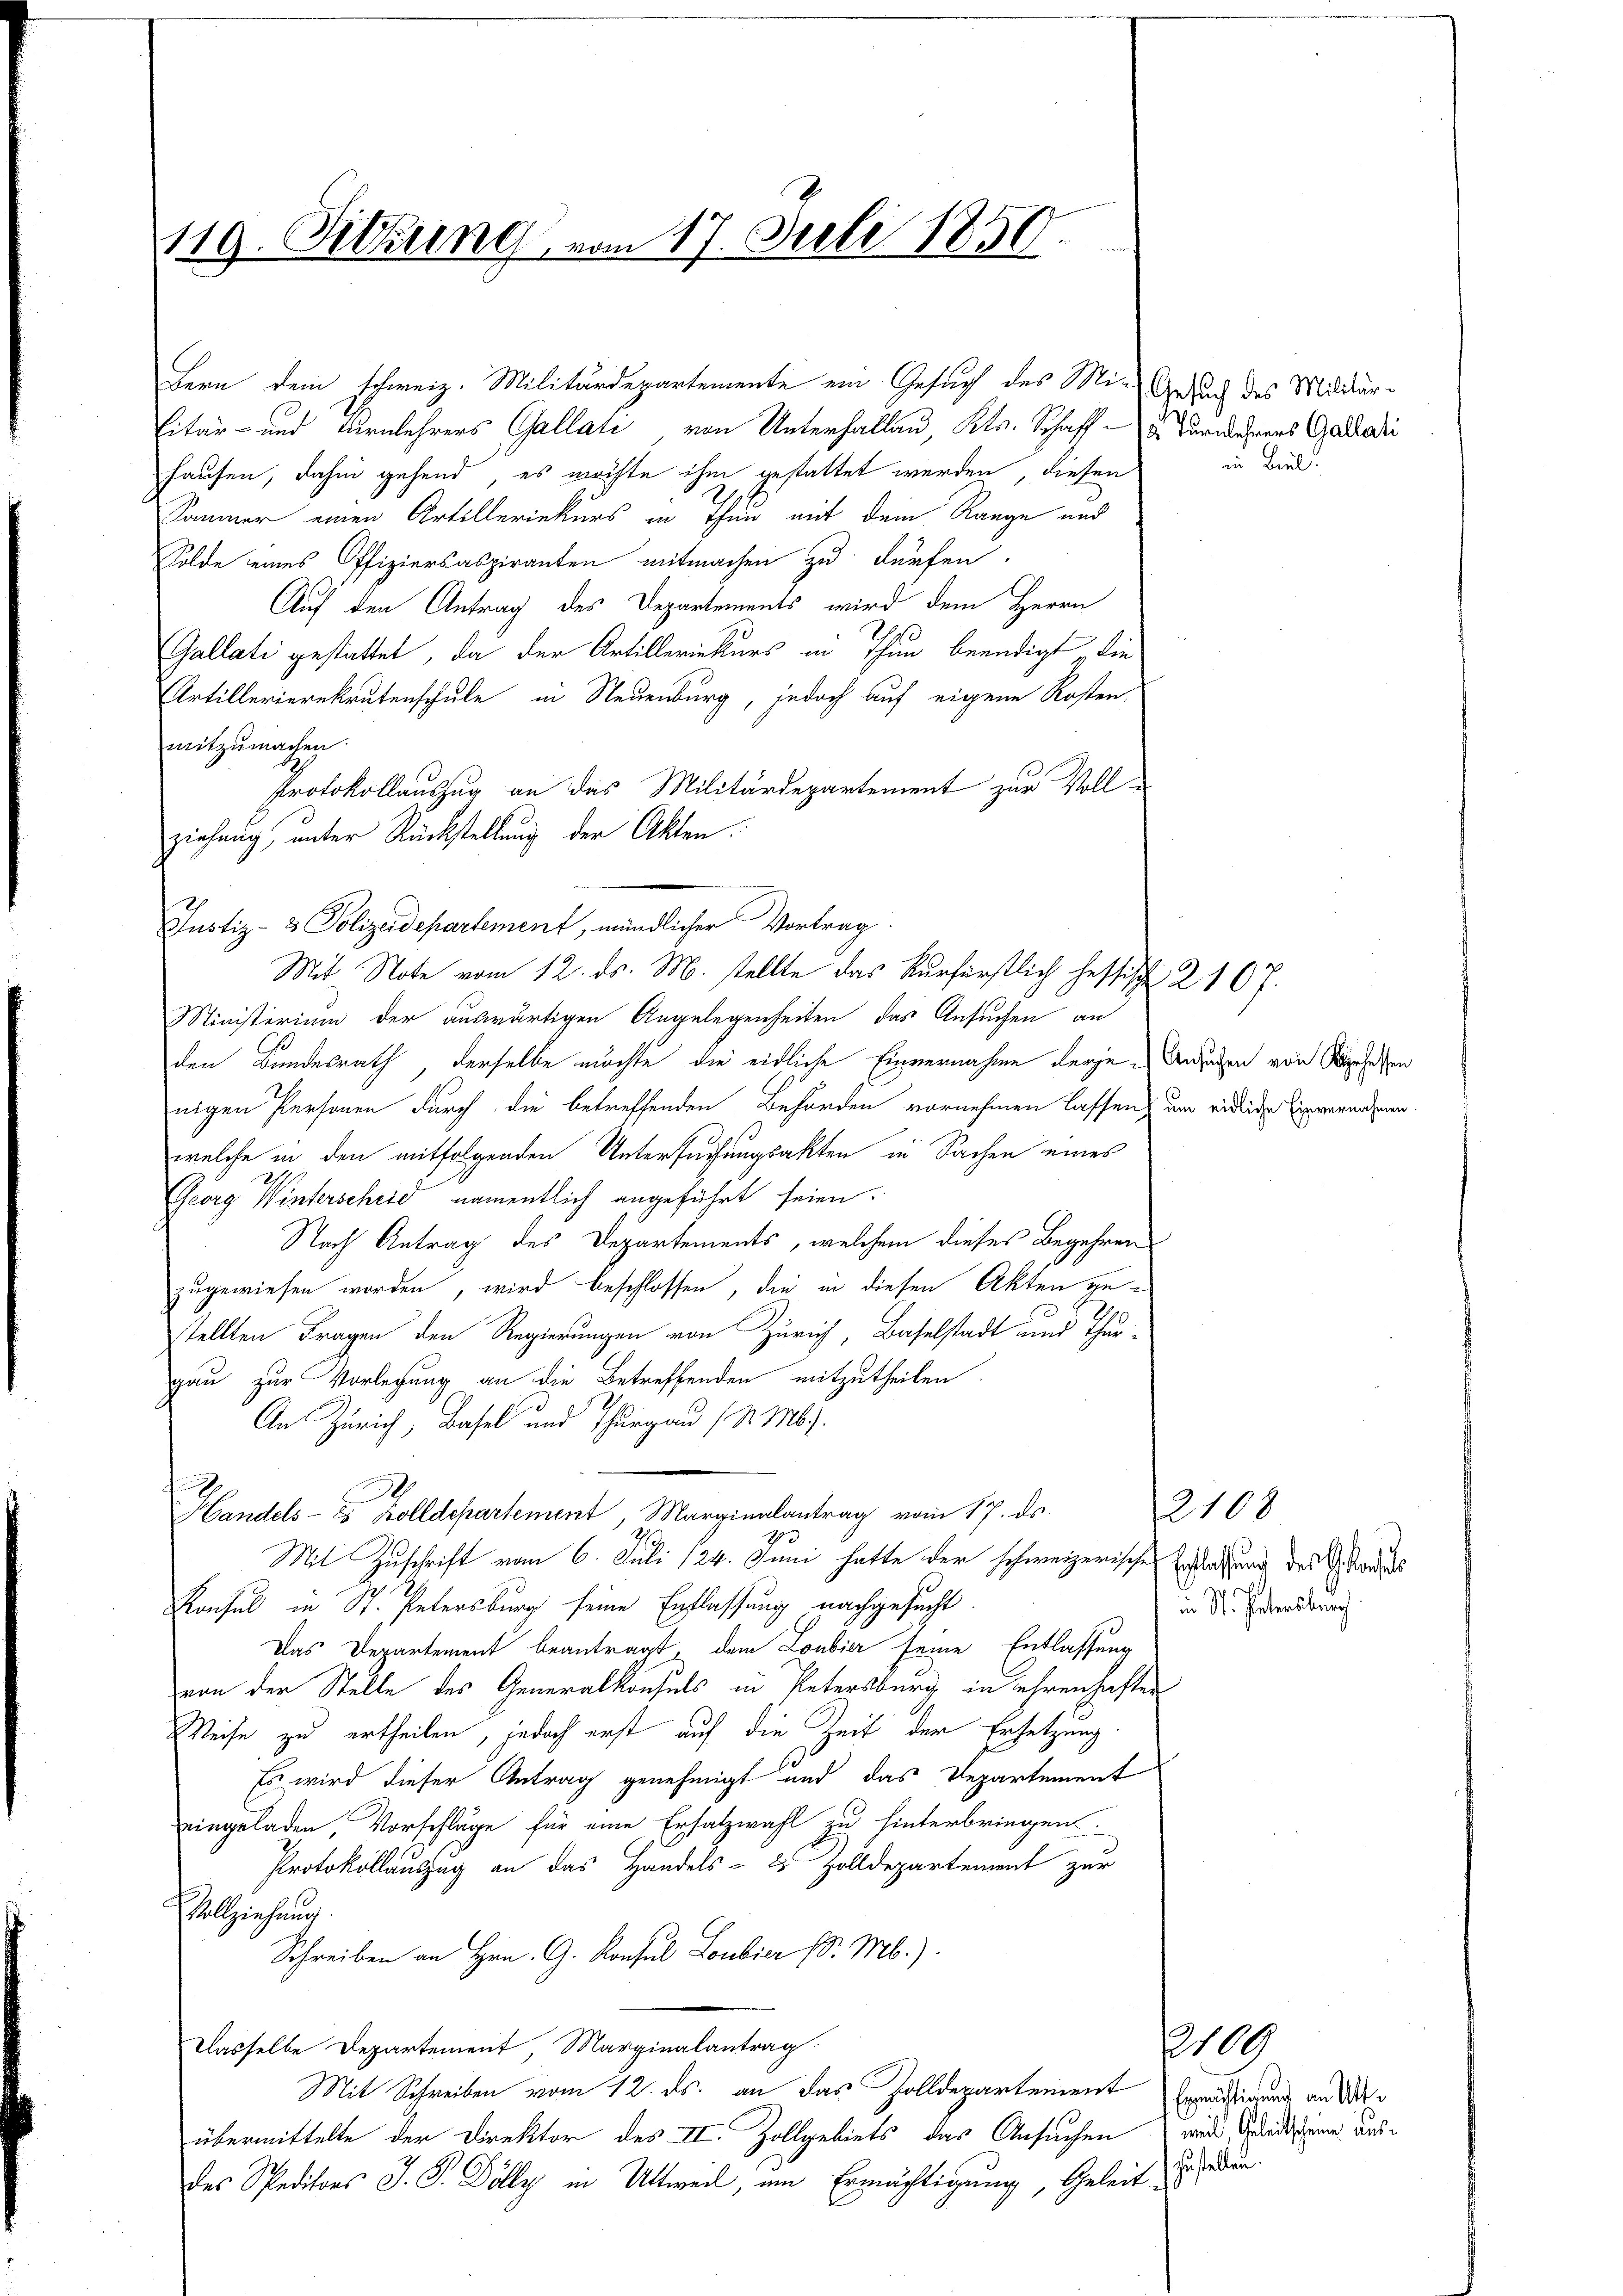
119. Sitzung vom 17. Juli 1850.

hausen, dahin gehend es möchte ihm gestattet werden, diesen
Sommer einen Artilleriekurs in Thau mit dem Range und
Solde eines Offiziersaspiranten mitmachen zu dürfen.
Auf den Antrag des Departements wird dem Herrn
Gallati gestattet, da der Artilleriekurs in Thun beendigt die
Artillerierekrutenschule in Neuenburg, jedoch auf eigene Kosten
mitzumachen.
Protokollauszug an das Militärdepartement zur Vollziehung, unter Rückstellung der Akten.
Ministerium der auswärtigen Angelegenheiten das Ansuchen an
den Bundesrath derselbe möchte die eidliche Einvernahme derje-Ansuchen von Mersehen
nigen Personen durch die betreffenden Behörden vornehmen lassen, um eidlige Eigenennen.
welche in den mitfolgenden Untersuchungsakten in Sachen eines
Georg Winterscheid namentlich angeführt seien.
Nach Antrag des Departements, welchem dieses Begehren
zugewiesen worden, wird beschlossen, die in diesen Akten gestellten Fragen den Regierungen von Zürich, Baselstadt und Thur-
gau zur Vorlegung an die Betreffenden mitzutheilen.
An Zürich, Basel und Thurgau (d. Ms.
Handels- & Zolldepartement, Marginalantrag vom 17. ds.
1
Mit Zuschrift vom 6. Juli 124. Juni hatte der schweizerischen Erstattung des Gestand
Konsul in St. Petersburg seine Entlassung nachgesucht.
Das Departement beantragt, dem Loubier seine Entlassung
von der Stelle des Generalkonsuls in Petersburg in ehrenhaften
Weise zu ertheilen, jedoch erst auf die Zeit der Ersetzung
Es wird dieser Antrag genehmigt und das Departement
eingeladen, Vorschläge für eine Ersatzwahl zu hinterbringen.
Protokollauszug an das Handels- & Zolldepartement zur
Vollziehung.
Schreiben an Hrn. G. Konsul Loubier (: Mb.).
Dasselbe Departement, Marginalantrag
Mit Schreiben vom 12. ds. an das Zolldepartement Ermädigung an d
übermittelte der Direktor des II. Zollgebiets das Ansuchen
des Speditons J. P. Dölly in Uttweil, um Ermächtigung, Geleit zu den

itär- und Turnlehrers Gallate von Unterhallau, Kts. Schaff - 5. Turnerers Gardedie

Justiz- & Polizeidepartement, mündlicher Vortrag.
Mit Note vom 12. ds. M. stellte das Kurfürstlich hessische 2. 167.

Bern dem schweiz. Militärdepartemente ein Gesuch des Mit Gesund des Mildär¬

in Biel.

2108
in St. Petersburg

2109
meil, Geleitscheine aus¬